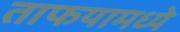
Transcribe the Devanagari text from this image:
ताफयामध्ये